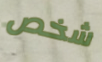
شخص